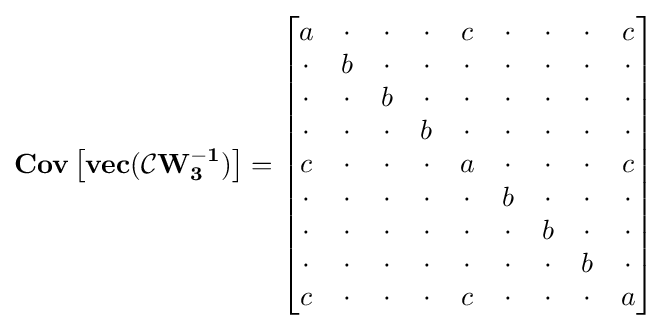
\mathbf {Cov\left[vec({\mathcal {C}}W_{3}^{-1})\right]} ={\begin{bmatrix}a&\cdot &\cdot &\cdot &c&\cdot &\cdot &\cdot &c\\\cdot &b&\cdot &\cdot &\cdot &\cdot &\cdot &\cdot &\cdot \\\cdot &\cdot &b&\cdot &\cdot &\cdot &\cdot &\cdot &\cdot \\\cdot &\cdot &\cdot &b&\cdot &\cdot &\cdot &\cdot &\cdot \\c&\cdot &\cdot &\cdot &a&\cdot &\cdot &\cdot &c\\\cdot &\cdot &\cdot &\cdot &\cdot &b&\cdot &\cdot &\cdot \\\cdot &\cdot &\cdot &\cdot &\cdot &\cdot &b&\cdot &\cdot \\\cdot &\cdot &\cdot &\cdot &\cdot &\cdot &\cdot &b&\cdot \\c&\cdot &\cdot &\cdot &c&\cdot &\cdot &\cdot &a\\\end{bmatrix}}